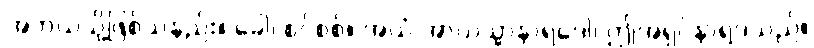
အဘယ်သို့ဖြစ်သနည်း။ ခေါ၊ စင်စစ်။ အယံ အာယသ္မာနာရဒေါ၊ ဤအရှင်နာရဒသည်။